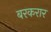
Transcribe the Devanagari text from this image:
बरकरार